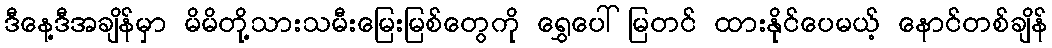
ဒီနေ့ဒီအချိန်မှာ မိမိတို့သားသမီးမြေးမြစ်တွေကို ရွှေပေါ်မြတင် ထားနိုင်ပေမယ့် နောင်တစ်ချိန်